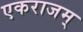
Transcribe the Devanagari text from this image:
एकराजम्